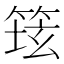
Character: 𱸆